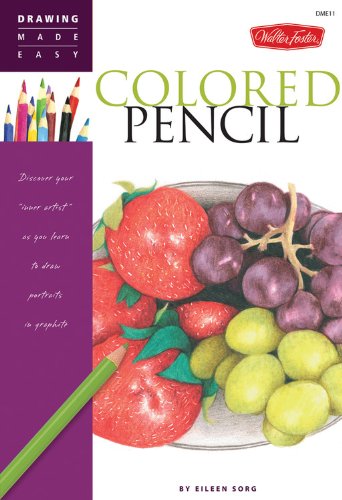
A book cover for Colored Pencil: Discover your "inner artist" as you learn to draw a range of popular subjects in colored pencil (Drawing Made Easy); Eileen Sorg; Arts & Photography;